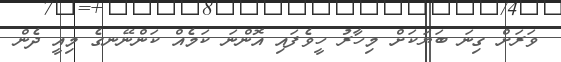
ވަރަށް ގިނަ ބަޔަކަށް މިހާރު ހީވެފައި އޮންނަ ކަމެއް ކަންނޭނގެ މިއީ ދެން